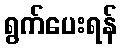
ရွက်ပေးရန်